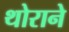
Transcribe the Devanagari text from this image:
थोराने